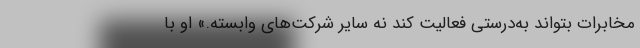
مخابرات بتواند به‌درستی فعالیت کند نه سایر شرکت‌های وابسته.» او با